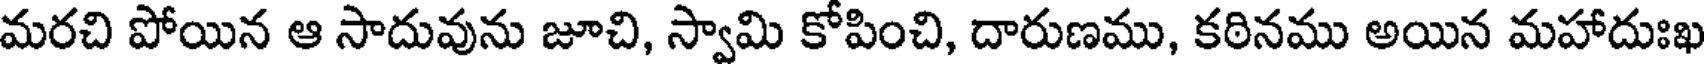
మరచి పోయిన ఆ సాదువును జూచి, స్వామి కోపించి, దారుణము, కఠినము అయిన మహాదుఃఖ